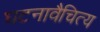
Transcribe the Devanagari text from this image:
घटनावैचित्य